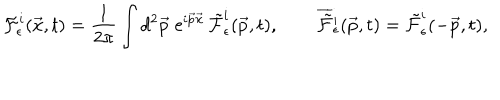
{ \cal F } _ { \epsilon } ^ { i } ( \vec { x } , t ) = \frac { 1 } { 2 \pi } \int d ^ { 2 } \vec { p } \; \mathrm { e } ^ { i \vec { p } \vec { x } } \, \tilde { \cal F } _ { \epsilon } ^ { i } ( \vec { p } , t ) , \qquad \overline { { { \tilde { \cal F } } } } { } _ { \epsilon } ^ { i } ( \vec { p } , t ) = \tilde { \cal F } _ { \epsilon } ^ { i } ( - \vec { p } , t ) ,